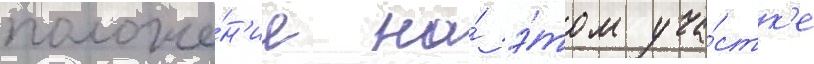
положе́н'ие на́ э́том уча́стк'е